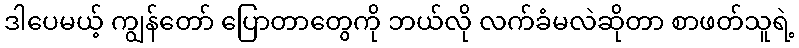
ဒါပေမယ့် ကျွန်တော် ပြောတာတွေကို ဘယ်လို လက်ခံမလဲဆိုတာ စာဖတ်သူရဲ့